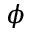
\phi